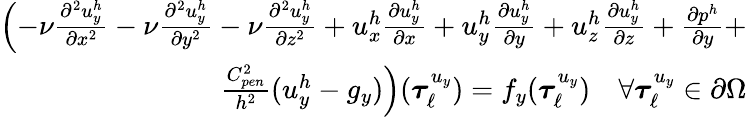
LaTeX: \begin{array}{r}{\left(-\nu\frac{\partial^{2}u_{y}^{h}}{\partial x^{2}}-\nu\frac{\partial^{2}u_{y}^{h}}{\partial y^{2}}-\nu\frac{\partial^{2}u_{y}^{h}}{\partial z^{2}}+u_{x}^{h}\frac{\partial u_{y}^{h}}{\partial x}+u_{y}^{h}\frac{\partial u_{y}^{h}}{\partial y}+u_{z}^{h}\frac{\partial u_{y}^{h}}{\partial z}+\frac{\partial p^{h}}{\partial y}+\right.}\\ {\left.\frac{C_{pen}^{2}}{h^{2}}(u_{y}^{h}-g_{y})\right)(\boldsymbol{\tau}_{\ell}^{u_{y}})=f_{y}(\boldsymbol{\tau}_{\ell}^{u_{y}})\quad\forall\boldsymbol{\tau}_{\ell}^{u_{y}}\in\partial\Omega}\end{array}